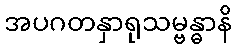
အပဂတနှာရုသမ္ဗန္ဓာနိ